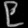
Digit: ၉